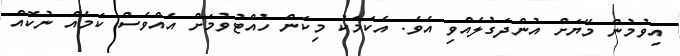
އިވުމުން މޭޔަށް އުންދަގުލެއްވި އެވެ. އެކަމަކު މިކަން ހުއްޓުވުމަށް އެއްވެސް ކަމެއް ނުކޮއް